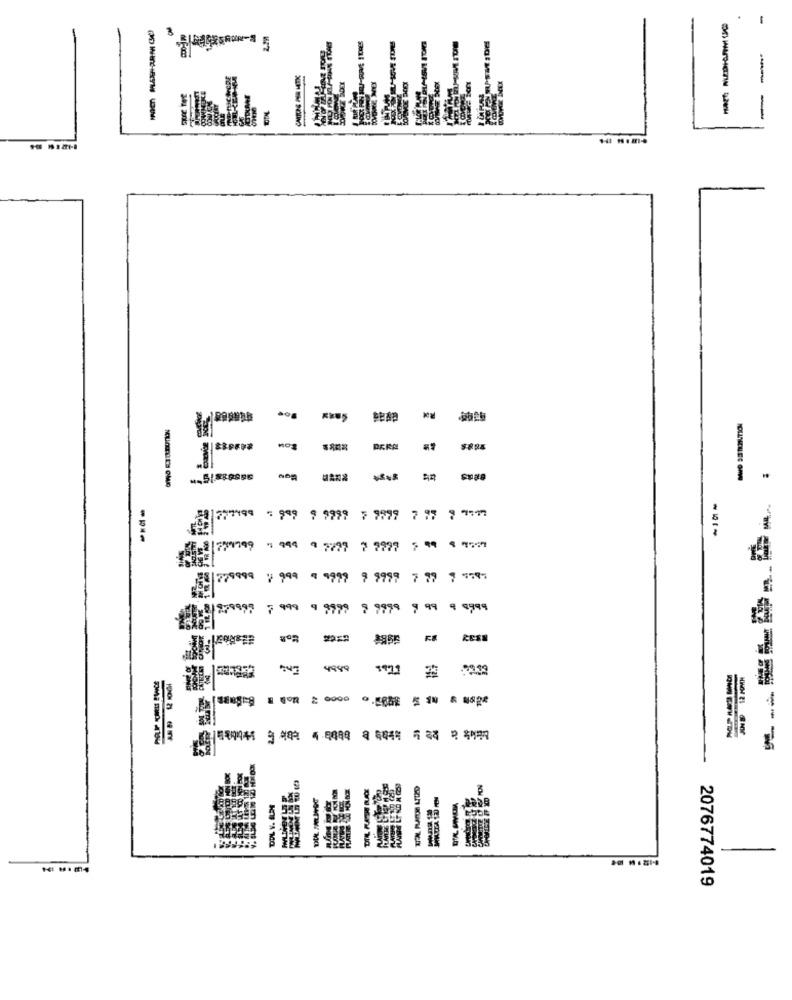
-
N DIA
An
LL!
1277499
999 9999 79899 797 79:1
-
1 994
97777 77777 599 495
666622
1 999 9 9999 9 9999 7 79 7 :58:
9 9999 9 9999 9 99 9 9999
217
1001 21 69 MY
DIL RASE NAX
DOL V. ALPS
2076774019